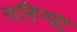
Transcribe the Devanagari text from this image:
नलिन्या